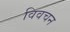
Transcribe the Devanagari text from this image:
विवचन